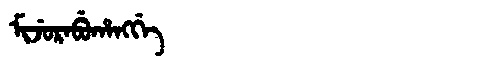
Manchu: ᠮᡳᠵᡠᡵᠠᠪᡠᡥᠠᠩᡤᡝ
Romanization: MIJURABUHANGGE